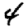
Digit: 4